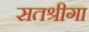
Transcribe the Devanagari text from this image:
सतश्रीगा